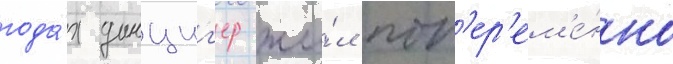
года́х данциг'ер жи́л поп'ер'ем'е́нно